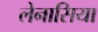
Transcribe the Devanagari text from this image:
लेनासिया